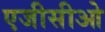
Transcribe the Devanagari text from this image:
एजीसीओ